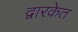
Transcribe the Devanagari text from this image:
द्वारकेत